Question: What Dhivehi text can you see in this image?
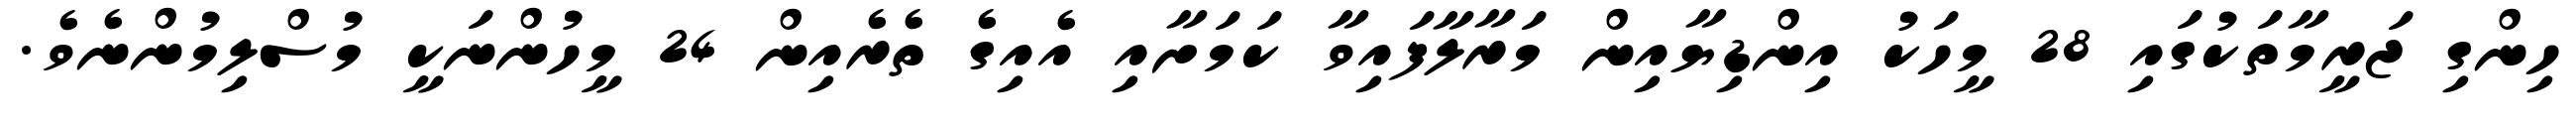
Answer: ހިންގި ޖަރީމާތަކުގައި 28 މީހަކު އިންޑިޔާއިން މަރާލާފައިވާ ކަމަށާއި އެއިގެ ތެރެއިން 24 މީހުންނަކީ މުސްލިމުންނެވެ.